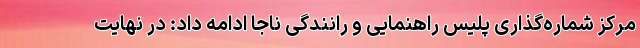
مرکز شماره‌گذاری پلیس راهنمایی و رانندگی ناجا ادامه داد: در نهایت